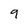
Character: 9